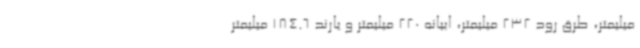
میلیمتر، طرق رود 232 میلیمتر، ابیانه 220 میلیمتر و یارند 184.6 میلیمتر